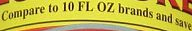
Compare to 10 FL OZ brands and save